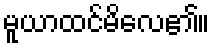
မူယာထင်မိလေ၏။